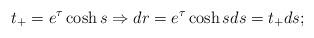
LaTeX: \begin{align*} t_+ = e^\tau \cosh s\Rightarrow dr = e^{\tau} \cosh s ds = t_+ ds;\end{align*}